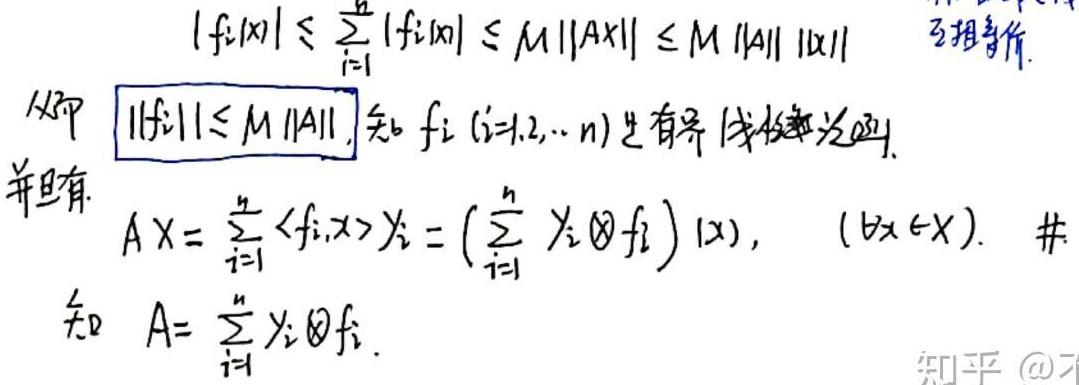
$|f_i(x)|\leq\sum_{i = 1}^{n}|f_i(x)|\leq M\|Ax\|\leq M\|A\|\|x\|$ 互相等价。从而 $\|f_i\|\leq M\|A\|$，知 $f_i\ (i = 1,2,\cdots,n)$ 是有界线性泛函。并且有
$Ax=\sum_{i = 1}^{n}\langle f_i,x\rangle y_i=\left(\sum_{i = 1}^{n}y_i\otimes f_i\right)(x),\quad (\forall x\in X).\ \#$
知 $A=\sum_{i = 1}^{n}y_i\otimes f_i$。知乎@不